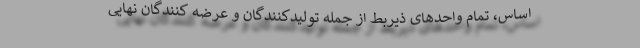
اساس، تمام واحدهای ذیربط از جمله تولیدکنندگان و عرضه کنندگان نهایی